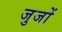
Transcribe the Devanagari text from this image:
जुजों